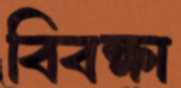
বিবক্ষা